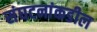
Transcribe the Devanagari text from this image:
संघटनांकडील